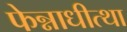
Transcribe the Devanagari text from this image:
फेन्नाधीत्था